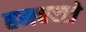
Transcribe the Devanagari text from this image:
हमबरटो